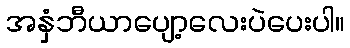
အနှံဘီယာပျော့လေးပဲပေးပါ။